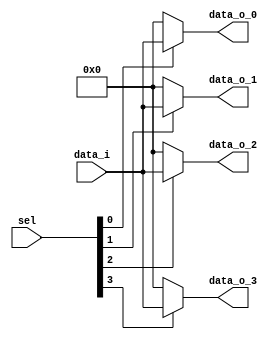
/****************************************************************************
 *   Copyright (c) 2023 Wenxu Cao
 *  
 *   Institution:      UESTC
 *   Version:          1.0
 *   Description:      This is a basic 4-way de-multiplexor
 *
*****************************************************************************/

module demux_4 #(
    parameter       DATA_WIDTH = 4
)(
    input       wire        [3:0]                   sel,

    input       wire        [DATA_WIDTH-1 : 0]      data_i,

    output      wire        [DATA_WIDTH-1 : 0]      data_o_0,       
    output      wire        [DATA_WIDTH-1 : 0]      data_o_1,       
    output      wire        [DATA_WIDTH-1 : 0]      data_o_2,       
    output      wire        [DATA_WIDTH-1 : 0]      data_o_3
);

assign data_o_0 = sel[0] ? data_i : 0;
assign data_o_1 = sel[1] ? data_i : 0;
assign data_o_2 = sel[2] ? data_i : 0;
assign data_o_3 = sel[3] ? data_i : 0;

endmodule